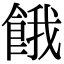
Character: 餓